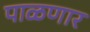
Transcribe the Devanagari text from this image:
पाळणार